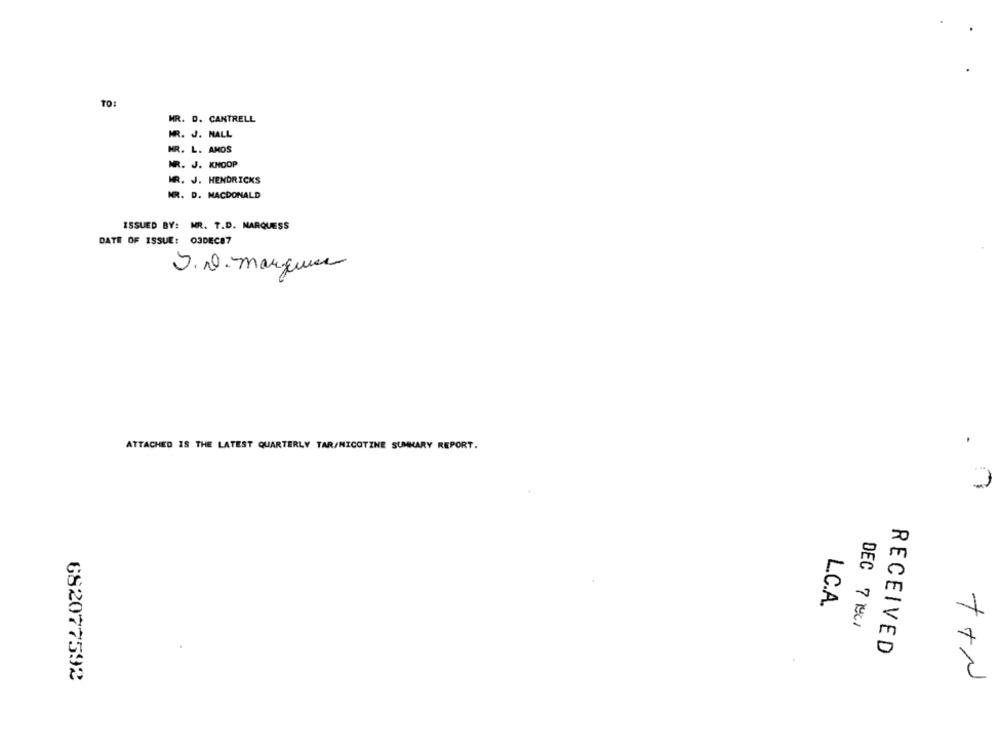
TO:
HR. D. CANTRELL
MR. J. HALL
MR. L. AMOS
MR. J. KNOOP
MR. J. HENDRICKS
MR. D. MACDONALD
ISSUED BY: MR. T.D. MARQUESS
DATE OF ISSUE: 03DEC87
S.r. marques
ATTACHED IS THE LATEST QUARTERLY TAR/NICOTINE SUMMARY REPORT.
20
L.C.A.
DEC 7 M/
0
RECEIVED
682077592
++N